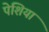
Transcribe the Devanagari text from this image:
पेशिया